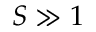
S \gg 1